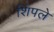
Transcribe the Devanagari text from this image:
शिंपले